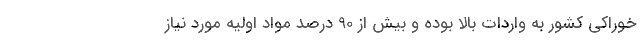
خوراکی کشور به واردات بالا بوده و بیش از 90 درصد مواد اولیه مورد نیاز